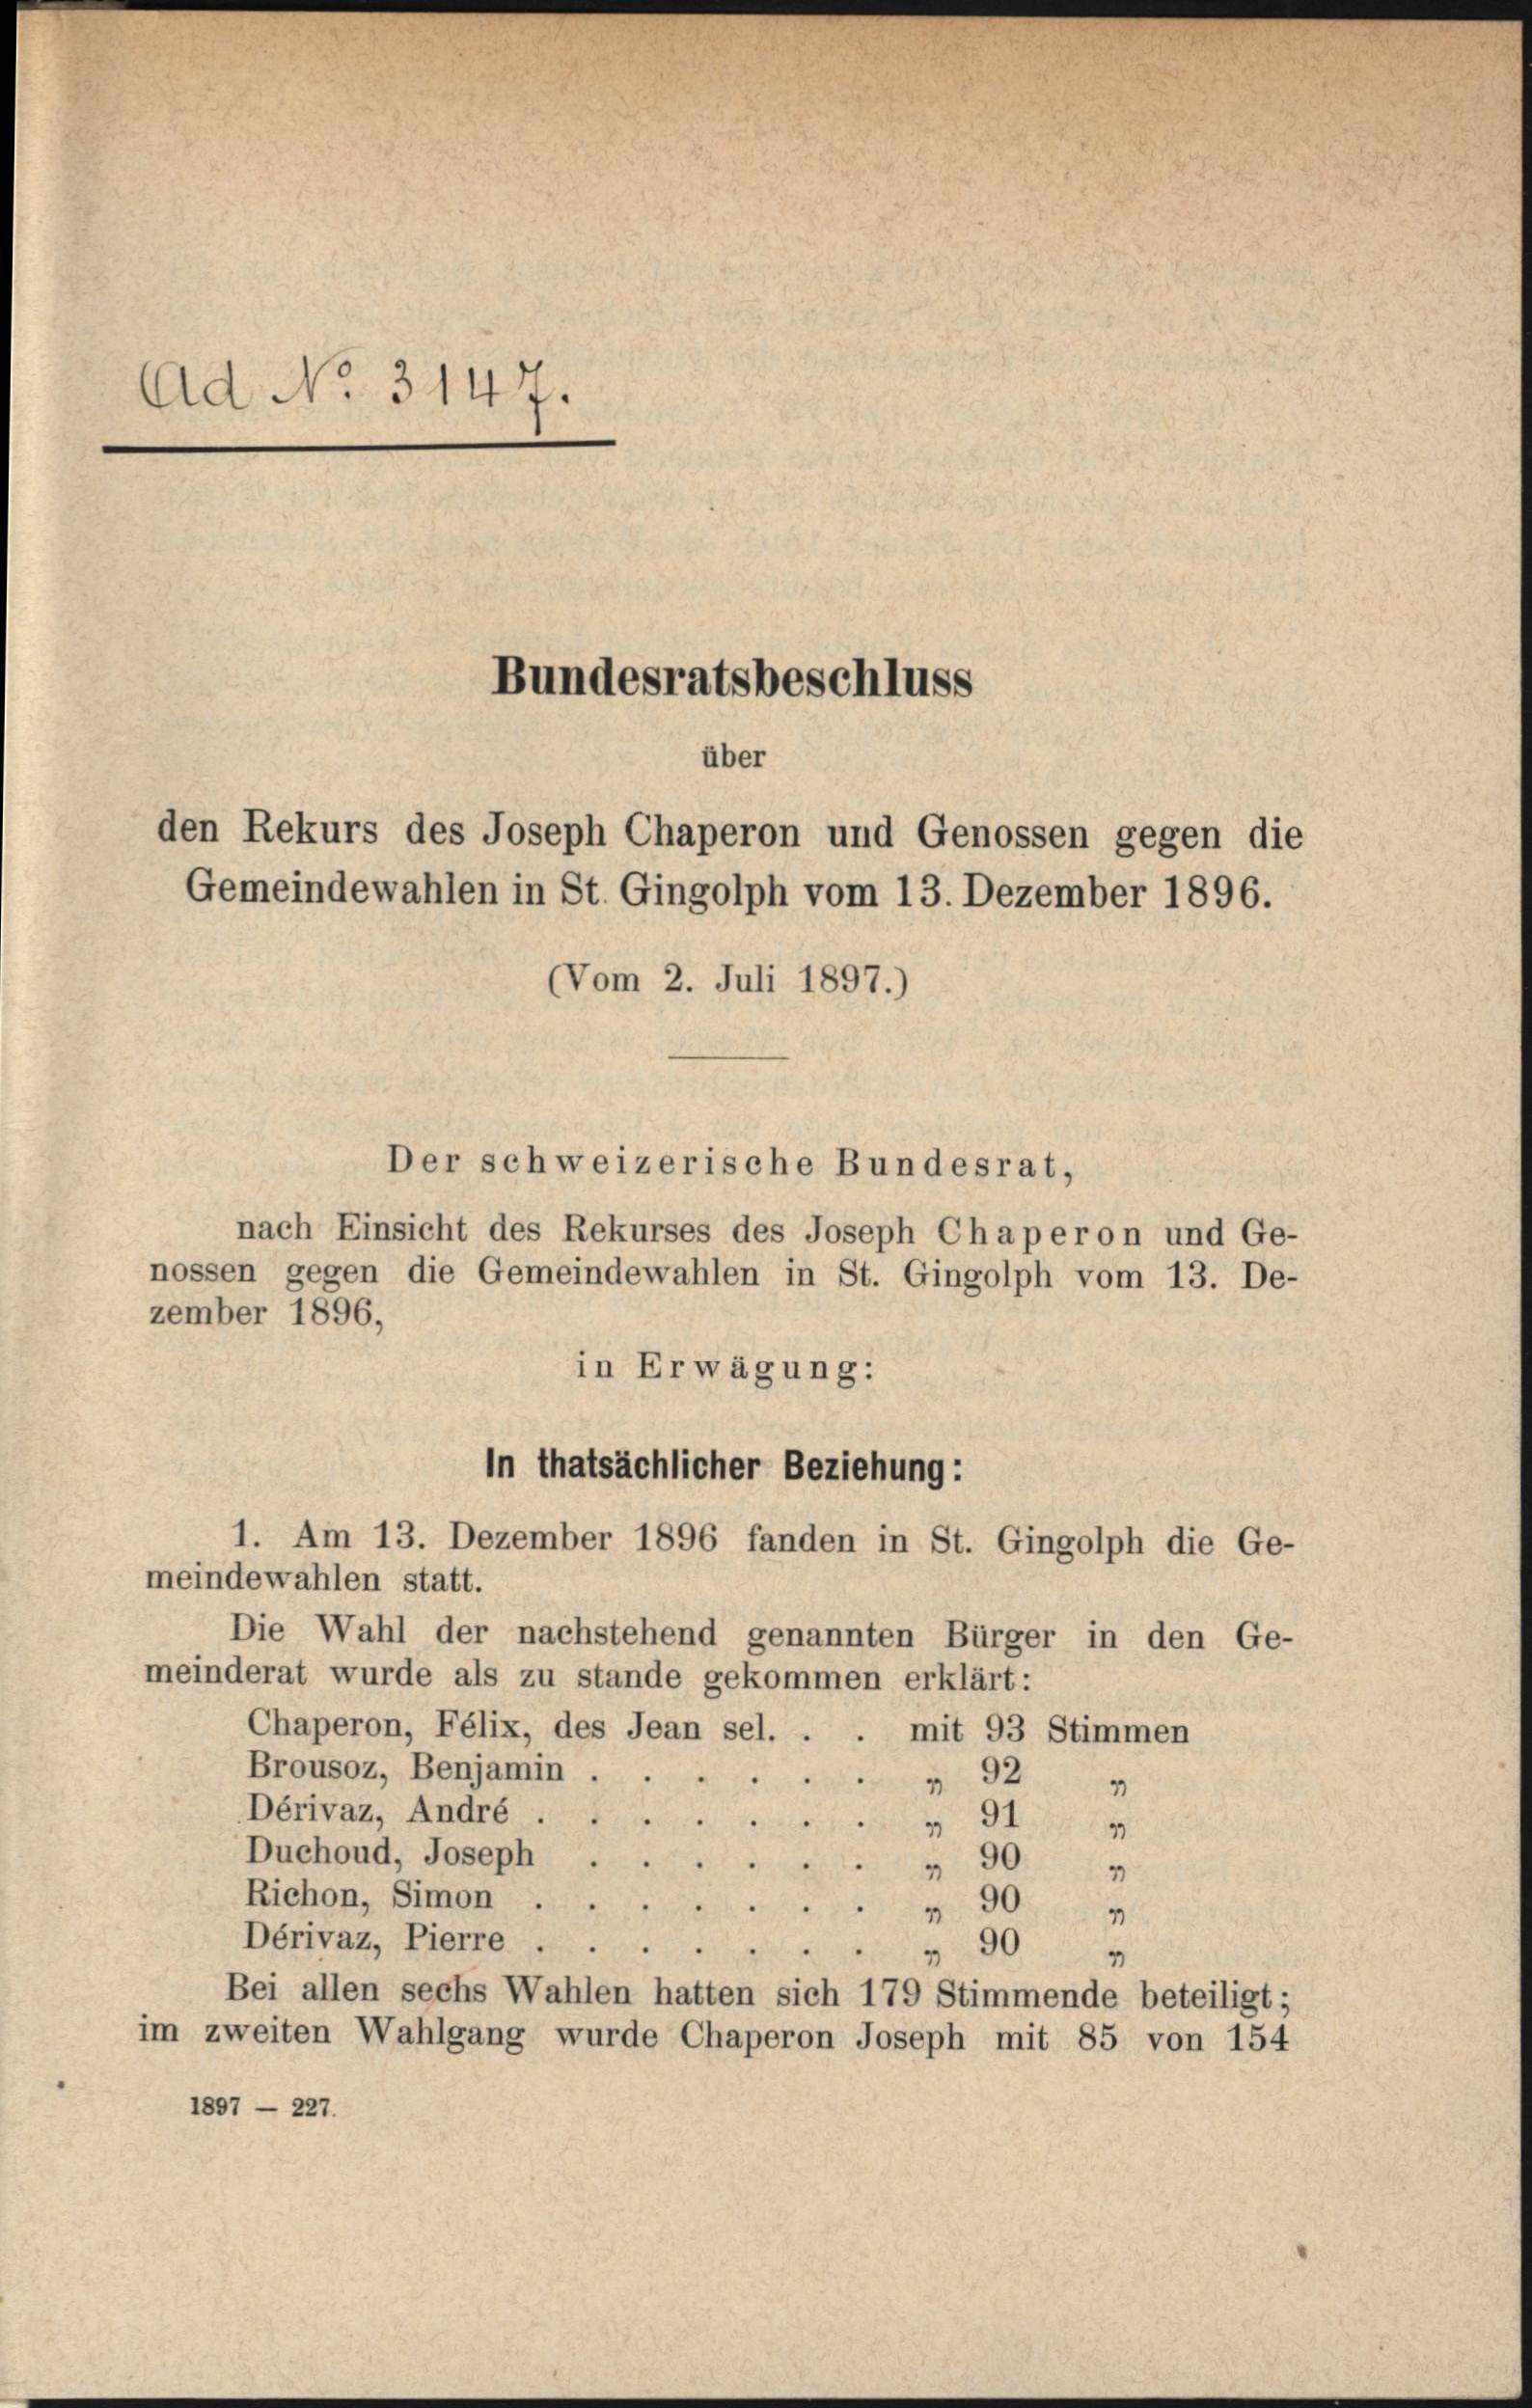
Ad No. 3147.
Bundesratsbeschluss

über
den Rekurs des Joseph Chaperon und Genossen gegen die
Gemeindewahlen in St. Gingolph vom 13. Dezember 1896.

Vom 2. Juli 1897.)

Der schweizerische Bundesrat,
nach Einsicht des Rekurses des Joseph Chaperon und Ge-
nossen gegen die Gemeindewahlen in St. Gingolph vom 13. De-
zember 1896,
in Erwägung:
in thatsächlicher Beziehung:
1. Am 13. Dezember 1896 fanden in St. Gingolph die Ge-
meindewahlen statt.
Die Wahl der nachstehend genannten Bürger in den Ge-
meinderat wurde als zu stande gekommen erklärt:
Chaperon, Félix, des Jean sel. . . mit 93 Stimmen
Brousoz, Benjamin 92
1
Dérivaz, André 91
4
Duchoud, Joseph. 90 „
Richon, Simon
 30
Dérivaz, Pierre ..
" 90
Bei allen sechs Wahlen hatten sich 179 Stimmende beteiligt;
im zweiten Wahlgang wurde Chaperon Joseph mit 85 von 154
1897 — 227.